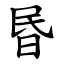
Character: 昬